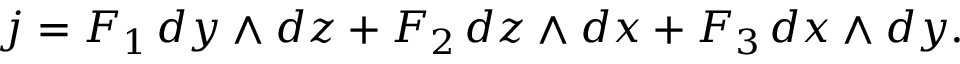
j = F _ { 1 } \, d y \wedge d z + F _ { 2 } \, d z \wedge d x + F _ { 3 } \, d x \wedge d y .